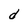
Character: d